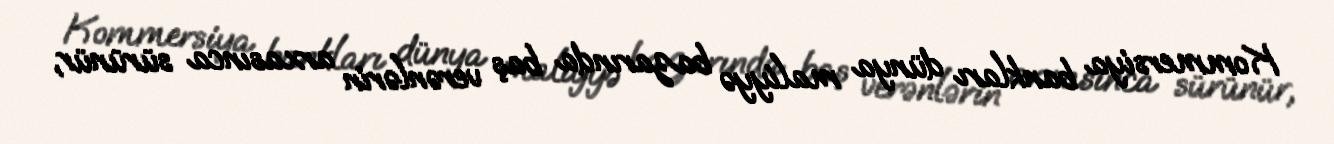
Kommersiya bankları dünya maliyyə bazarında baş verənlərin arxasınca sürünür,